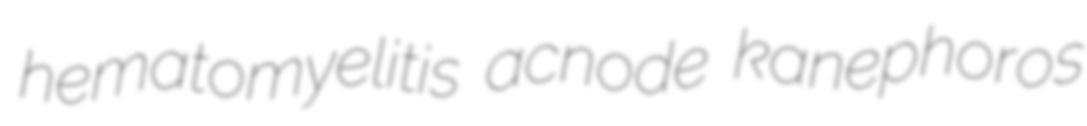
hematomyelitis acnode kanephoros